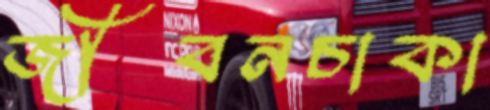
জীবনচাকা